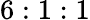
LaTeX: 6:1:1